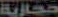
حجازية